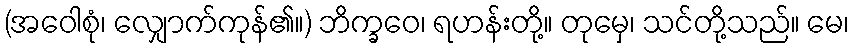
(အဝေါစုံ၊ လျှောက်ကုန်၏။) ဘိက္ခဝေ၊ ရဟန်းတို့။ တုမှေ၊ သင်တို့သည်။ မေ၊